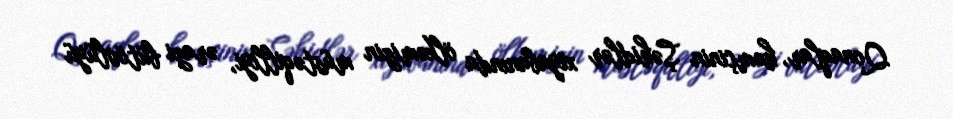
Qonaqlar, həmçinin Şəhidlər xiyabanında ölkəmizin müstəqilliyi, ərazi bütövlüyü